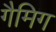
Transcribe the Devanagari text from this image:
गैमिग